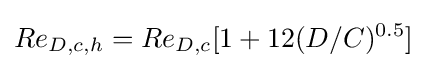
{Re_{D,c,h}=Re_{D,c}[1+12(D/C)^{0.5}]}